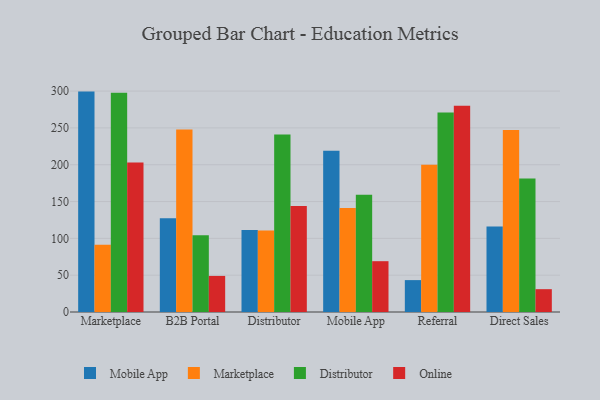
{"axis": {"x": "Channel", "y": "Gross Profit (USD K)"}, "legend": ["Distributor", "Marketplace", "Mobile App", "Online"], "data": [{"x": "Marketplace", "y": 299.3, "type": "Mobile App"}, {"x": "Marketplace", "y": 91.3, "type": "Marketplace"}, {"x": "Marketplace", "y": 297.8, "type": "Distributor"}, {"x": "Marketplace", "y": 203.0, "type": "Online"}, {"x": "B2B Portal", "y": 127.4, "type": "Mobile App"}, {"x": "B2B Portal", "y": 248.0, "type": "Marketplace"}, {"x": "B2B Portal", "y": 104.3, "type": "Distributor"}, {"x": "B2B Portal", "y": 49.0, "type": "Online"}, {"x": "Distributor", "y": 111.4, "type": "Mobile App"}, {"x": "Distributor", "y": 110.7, "type": "Marketplace"}, {"x": "Distributor", "y": 241.1, "type": "Distributor"}, {"x": "Distributor", "y": 144.0, "type": "Online"}, {"x": "Mobile App", "y": 219.1, "type": "Mobile App"}, {"x": "Mobile App", "y": 141.4, "type": "Marketplace"}, {"x": "Mobile App", "y": 159.1, "type": "Distributor"}, {"x": "Mobile App", "y": 69.0, "type": "Online"}, {"x": "Referral", "y": 43.3, "type": "Mobile App"}, {"x": "Referral", "y": 199.8, "type": "Marketplace"}, {"x": "Referral", "y": 270.9, "type": "Distributor"}, {"x": "Referral", "y": 280.2, "type": "Online"}, {"x": "Direct Sales", "y": 116.1, "type": "Mobile App"}, {"x": "Direct Sales", "y": 247.3, "type": "Marketplace"}, {"x": "Direct Sales", "y": 181.2, "type": "Distributor"}, {"x": "Direct Sales", "y": 31.0, "type": "Online"}]}